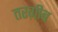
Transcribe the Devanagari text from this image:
तरग़ीब